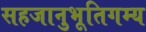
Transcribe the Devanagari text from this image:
सहजानुभूतिगम्य